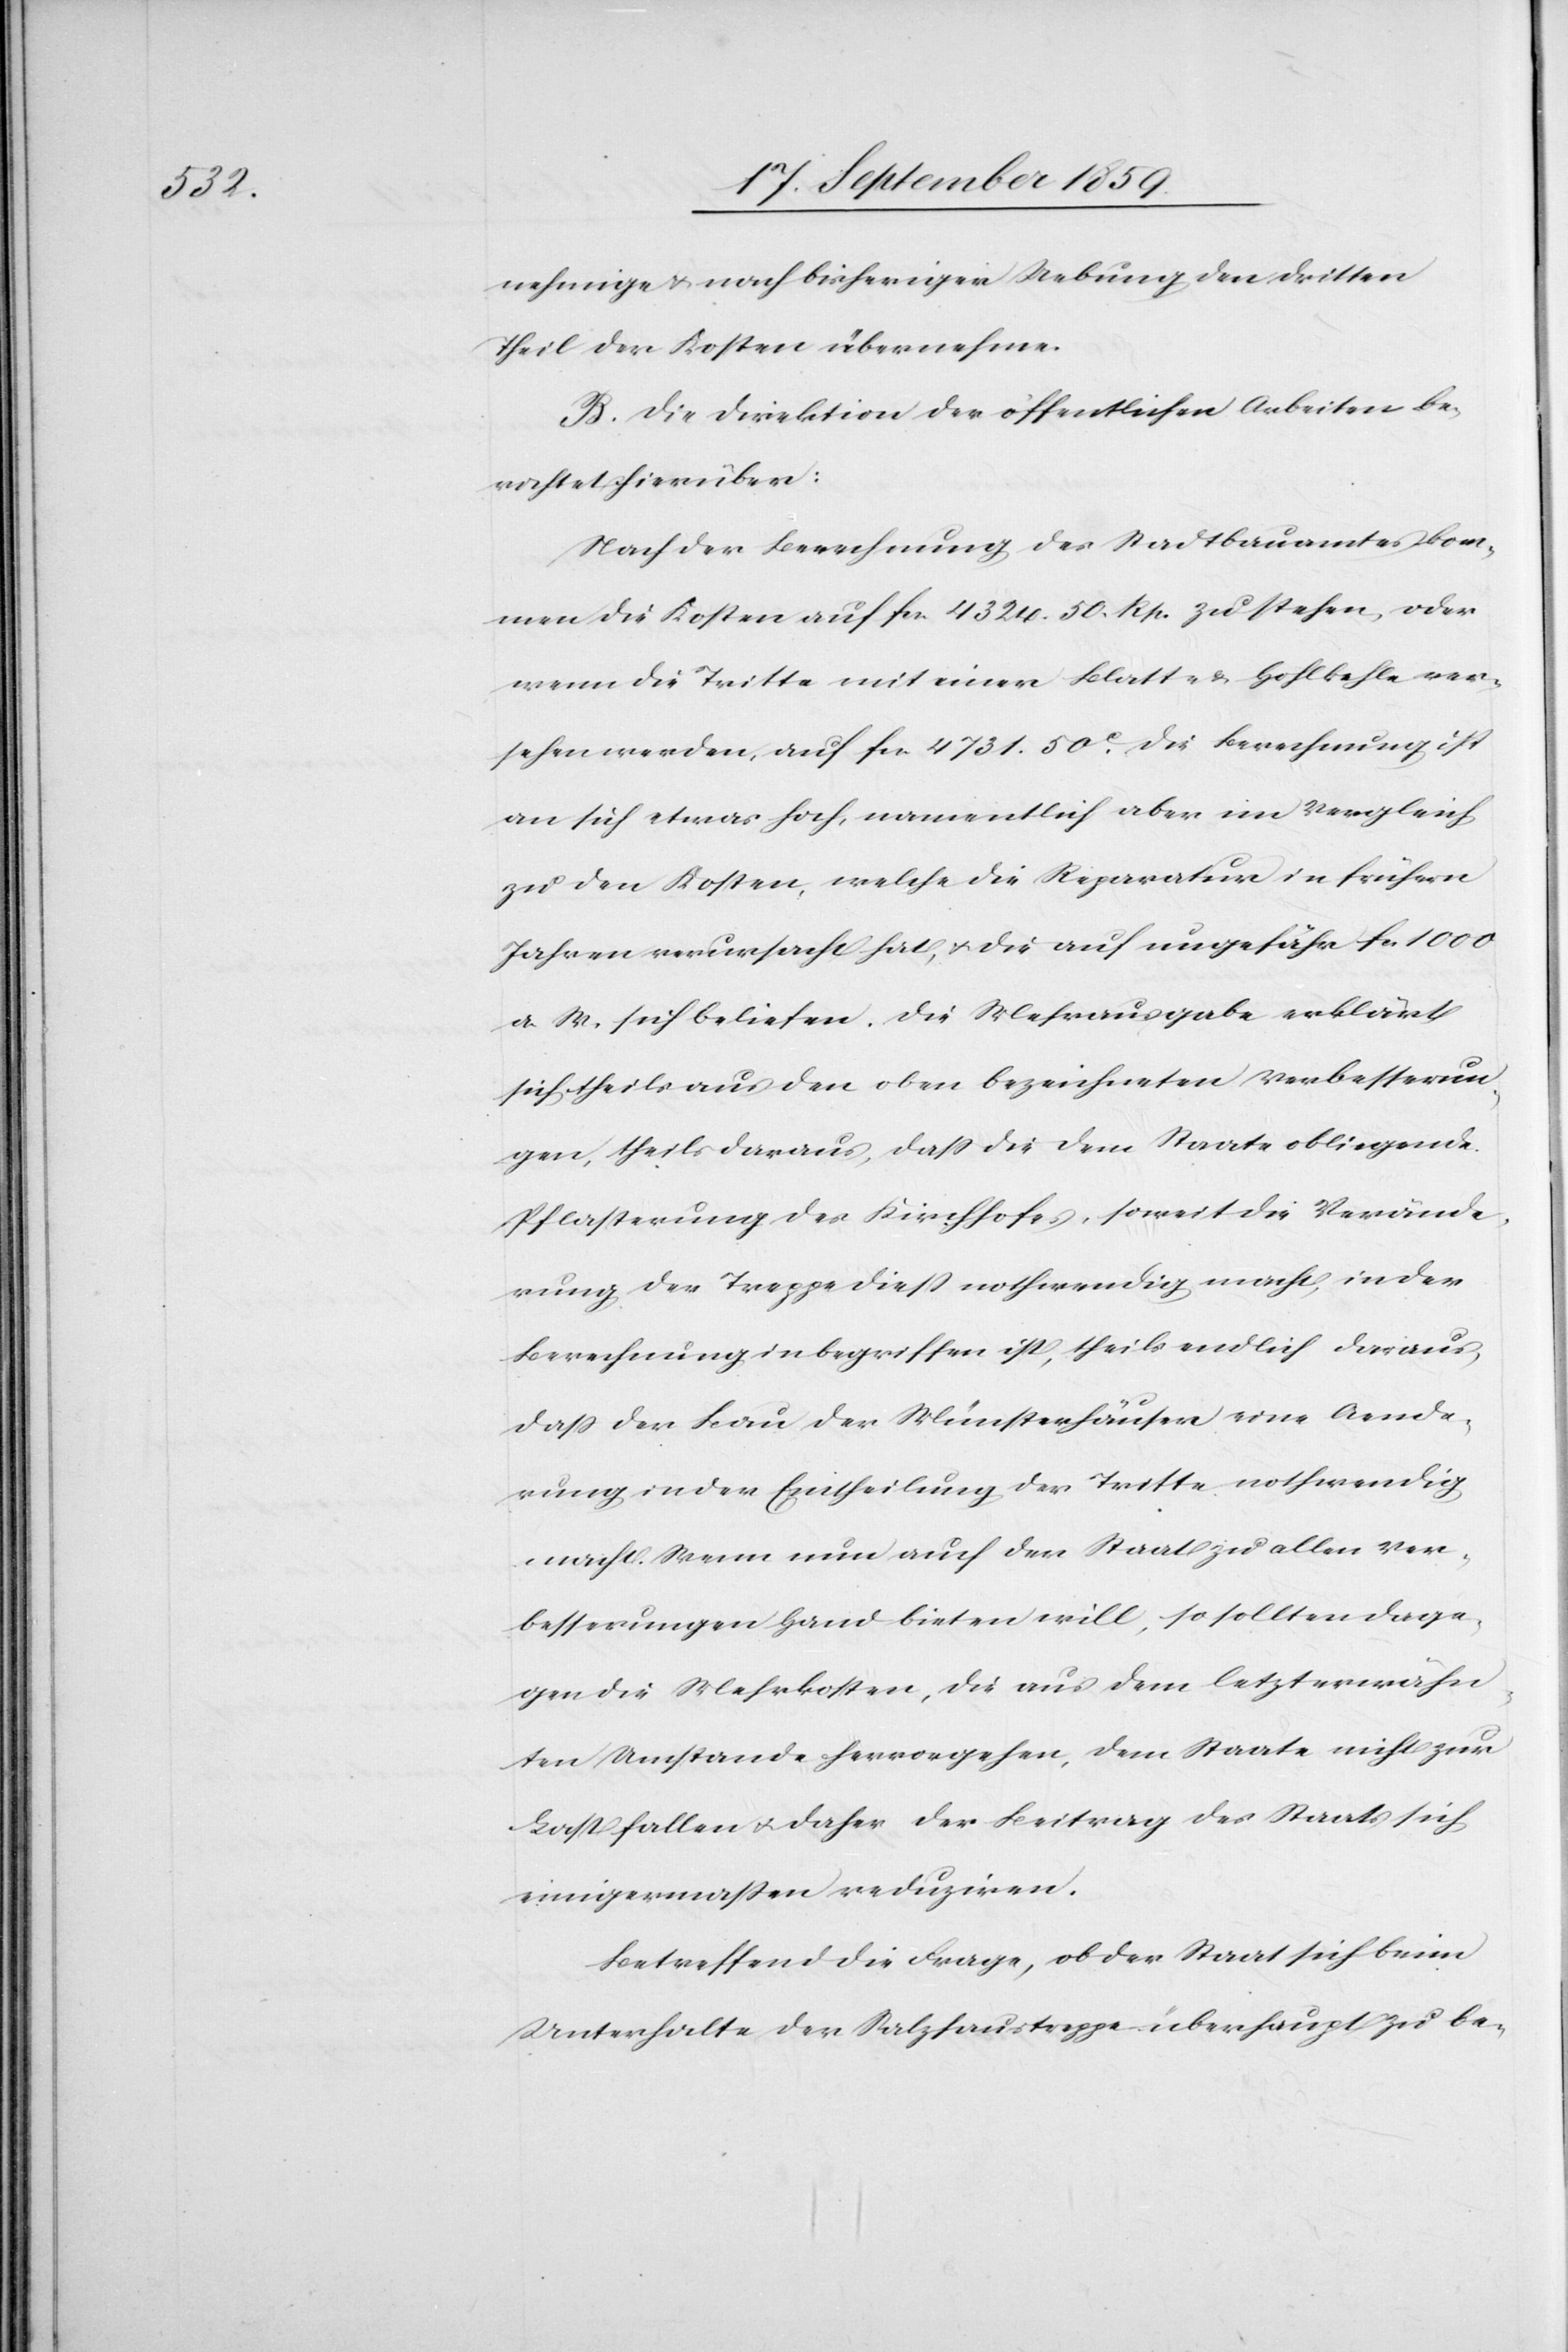
nehmige [sic!] & nach bisheriger Uebung den dritten
Theil der Kosten übernehme.
B. Die Direktion der öffentlichen Arbeiten be¬
richtet hierüber:
Nach der Berechnung des Stadtbauamtes kom¬
men die Kosten auf fcs. 4324.50.Rp. zu stehen, oder
wenn die Tritte mit einer Blatt- & Hohlkehle ver¬
sehen werden, auf fcs. 4731.50c. die Berechnung ist
an sich etwas hoch, namentlich aber im Vergleich
zu den Kosten, welche die Reparatur in frühern
Jahren verursacht hat, & die auf ungefähr fcs. 1000
a. M. sich beliefen. Die Mehrausgabe erklärt
sich theils aus den oben bezeichneten Verbesserun¬
gen, theils daraus, daß die dem Staate obliegende
Pflasterung des Kirchhofes, soweit die Verände¬
rung der Treppe dieß nothwendig macht, in der
Berechnung inbegriffen ist, theils endlich daraus
daß der Bau der Münsterhäuser eine Aende¬
rung in der Ertheilung der Tritte nothwendig
macht. Wenn nun auch der Staat zu allen Ver¬
besserungen Hand bieten will, so sollten dage¬
gen die Mehrkosten, die aus dem letzterwähn¬
ten Anstande hervorgehen, dem Staate nicht zur
Last fallen & daher der Beitrag des Staats sich
einigermaßen reduziren.
Betreffend die Frage, ob der Staat sich beim
unterhalte der Salzhaustreppe überhaupt zu be-